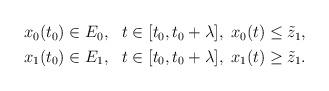
LaTeX: \begin{align*}\begin{aligned}&x_0(t_0) \in E_0, &t \in [t_0,t_0+\lambda], \:\: &x_0(t)\leq \tilde{z}_1, \\&x_1(t_0) \in E_1, &t \in [t_0,t_0+\lambda], \: \: &x_1(t)\geq \tilde{z}_1. \end{aligned} \end{align*}